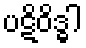
ပဋိဝိဒ္ဓါ